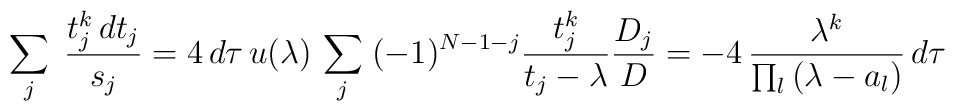
\sum_j\;{t_j^k \,dt_j\over s_j}=4\,d\tau\,u(\lambda)\,\sum_j\;(-1)^{N-1-j}{t_j^k\over t_j-\lambda}{D_j\over D}=-4\,{\lambda^k\over \prod_l\,(\lambda -a_l)}\,d\tau